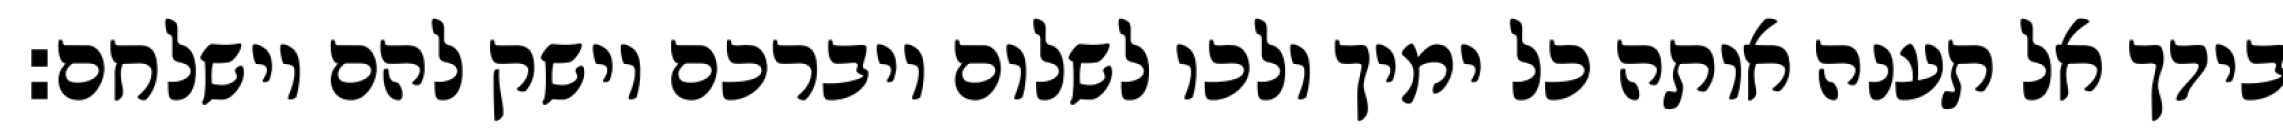
בידך אל תענה אותה כל ימיך ולכו לשלום ויברכם וישק להם וישלחם: